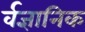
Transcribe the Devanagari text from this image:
र्वज्ञानिक